Lunatic asylums Central Provinces reports 1910-1926 - 1910-1926
Year: 1910
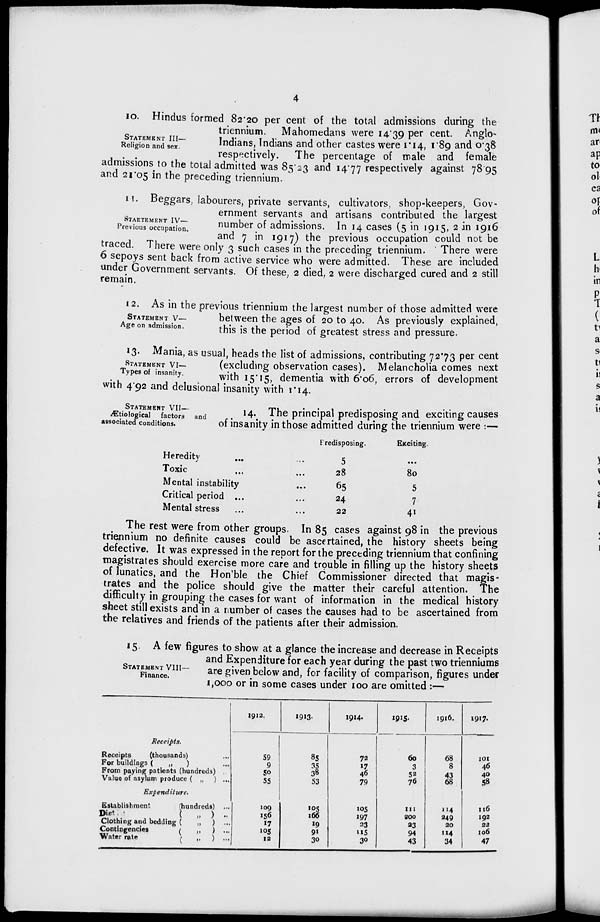
4
STATEMENT III—
Religion and sex.
10. Hindus formed 82.20 per cent of the total admissions during the
triennium. Mahomedans were 14.39 per cent. Anglo-
Indians, Indians and other castes were 1.14, 1.89 and 0.38
respectively. The percentage of male and female
admissions to the total admitted was 85.23 and 14.77 respectively against 78.95
and 21.05 in the preceding triennium.
STATEMENT IV—
Previous occupation.
11. Beggars, labourers, private servants, cultivators, shop-keepers, Gov-
ernment servants and artisans contributed the largest
number of admissions. In 14 cases (5 in 1915, 2 in 1916
and
7
in
1917)
the previous occupation could not be
traced. There were only 3 such cases in the preceding triennium. There were
6 sepoys sent back from active service who were admitted. These are included
under Government servants. Of these, 2 died, 2 were discharged cured and 2 still
remain.
STATEMENT V—
Age on admission.
12. As in the previous triennium the largest number of those admitted were
between the ages of 20 to 40. As previously explained,
this is the period of greatest stress and pressure.
STATEMENT VI—
Types of insanity.
13. Mania, as usual, heads the list of admissions, contributing 72.73 per cent
(excluding observation cases). Melancholia comes next
with 15.15, dementia with 6.06, errors of development
with 4.92 and delusional insanity with 1.14.
STATEMENT VII—
Ætiological
factors and
associated conditions.
14. The principal predisposing and exciting causes
of insanity in those admitted during the triennium were :—
Heredity ... ...
Toxic
...
...
Mental instability ...
Critical period ... ...
Mental stress ... ...
Predisposing.
5
28
65
24
22
Exciting.
...
80
5
7
41
The rest were from other groups. In 85 cases against 98 in the previous
triennium no definite causes could be ascertained, the history sheets being
defective. It was expressed in the report for the preceding triennium that confining
magistrates should exercise more care and trouble in filling up the history sheets
of lunatics, and the Hon'ble the Chief Commissioner directed that magis-
trates and the police should give the matter their careful attention. The
difficulty in grouping the cases for want of information in the medical history
sheet still exists and in a number of cases the causes had to be ascertained from
the relatives and friends of the patients after their admission.
STATEMENT VIII—
Finance.
15. A few figures to show at a glance the increase and decrease in Receipts
and Expenditure for each year during the past two trienniums
are given below and, for facility of comparison, figures under
1,000 or in some cases under 100 are omitted :—
Receipts.
Receipts
(thousands) ...
For buildings (
„
) ...
From paying patients (hundreds) ...
Value of asylum produce ( „ ) ...
Expenditure.
Establishment
(hundreds) ...
Diet
(
„ ) ...
Clothing and bedding (
„ ) ...
Contingencies
(
„
) ...
Water rate
(
„ ) ...
1912.
59
9
50
55
109
156
17
105
12
1913.
85
35
38
53
105
166
19
91
30
1914.
72
17
46
79
105
197
23
115
30
1915.
60
3
52
76
111
200
23
94
43
1916.
68
8
43
68
114
249
20
114
34
1917.
101
46
40
58
116
192
22
106
47